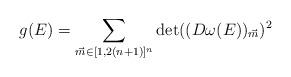
LaTeX: \begin{align*}g(E) = \sum_{\vec{m} \in [1, 2(n+1)]^n} \det((D\omega(E))_{\vec{m}})^2\end{align*}